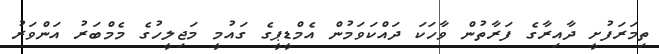
ތިމަރަފުށީ ދާއިރާގެ ފަރާތުން ވާހަކަ ދައްކަވަމުން އެމްޑީޕީގެ ގައުމީ މަޖިލީހުގެ މެމްބަރު އަންވަރު